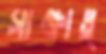
সাক্ষাত্